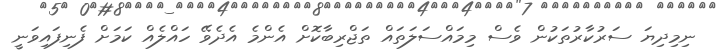
ނިމިދިޔަ ސަރުކާރުތަކުން ވެސް މިމައްސަލަތައް ތަޖްރިބާކޮށް އެންމެ އެދެވޭ ހައްލެއް ކަމަށް ފެނިފައިވަނީ